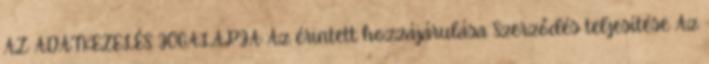
AZ ADATKEZELÉS JOGALAPJA Az érintett hozzájárulása Szerződés teljesítése Az